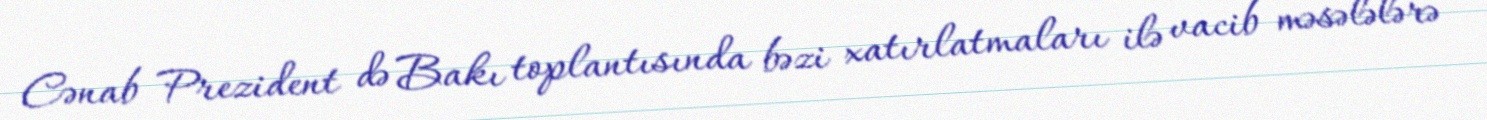
Cənab Prezident də Bakı toplantısında bəzi xatırlatmaları ilə vacib məsələlərə